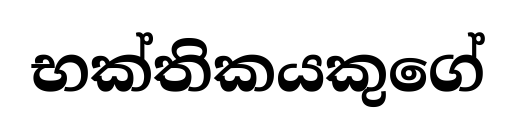
භක්තිකයකුගේ